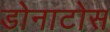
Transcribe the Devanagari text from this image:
डोनाटोस